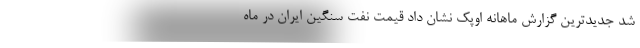
شد جدیدترین گزارش ماهانه اوپک نشان داد قیمت نفت سنگین ایران در ماه